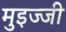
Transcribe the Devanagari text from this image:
मुइज्जी